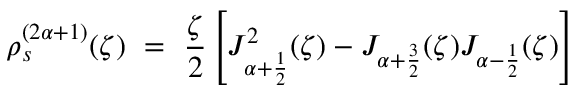
\rho _ { s } ^ { ( 2 \alpha + 1 ) } ( \zeta ) ~ = ~ \frac { \zeta } { 2 } \left[ J _ { \alpha + \frac { 1 } { 2 } } ^ { 2 } ( \zeta ) - J _ { \alpha + \frac { 3 } { 2 } } ( \zeta ) J _ { \alpha - \frac { 1 } { 2 } } ( \zeta ) \right]